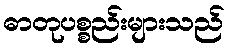
ဓာတုပစ္စည်းများသည်